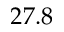
2 7 . 8